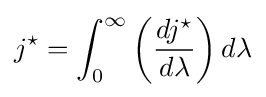
j^{\star }=\int _{0}^{\infty }\left({dj^{\star } \over d\lambda }\right)d\lambda